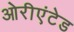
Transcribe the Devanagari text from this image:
ओरीएंटेड